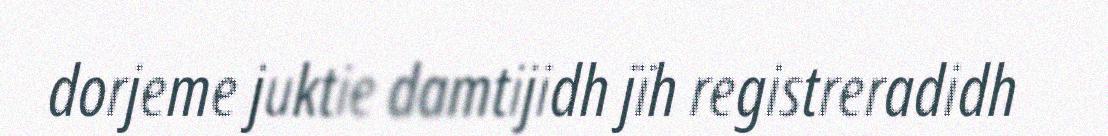
dorjeme juktie damtijidh jïh registreradidh